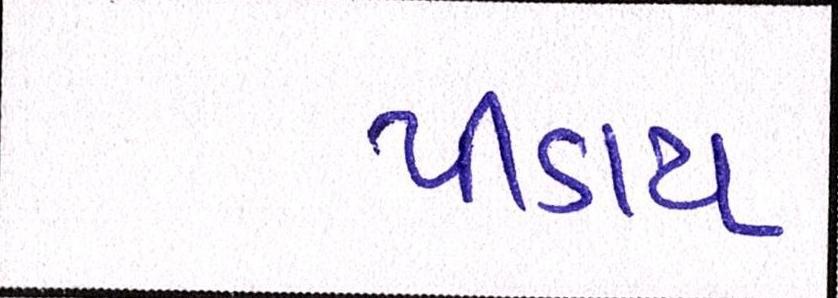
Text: પીડાય